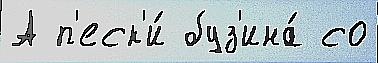
А п'еск'и́ буз'ина́ со